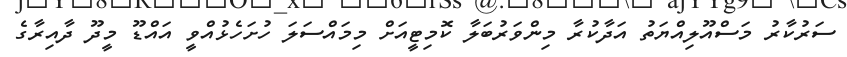
ސަރުކާރު މަސްއޫލިއްޔަތު އަދާކުރާ މިންވަރުބަލާ ކޮމިޓީއަށް މިމައްސަލަ ހުށަހެޅުއްވީ އައްޑޫ މީދޫ ދާއިރާގެ